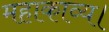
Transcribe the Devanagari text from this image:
महाकाव्य।